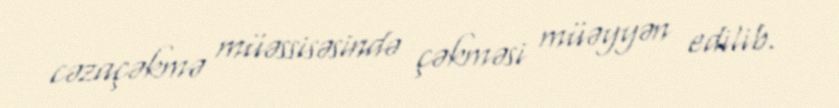
cəzaçəkmə müəssisəsində çəkməsi müəyyən edilib.